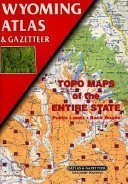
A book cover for Wyoming Atlas (State Atlas & Gazetteer); Delorme; Travel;